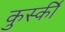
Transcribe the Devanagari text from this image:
कुर्स्की